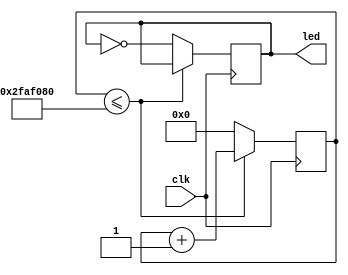
module lect7_q2 (input clk, output reg led);
	parameter MAX_COUNT = 50000000;	// 1Hz. clk on FPGA board is 50 MHz
	
	reg [25:0]count = 0;
	
	always @ (posedge clk) begin
		if (count <= MAX_COUNT) begin
			count <= count + 1;
		end 
		else begin
			count <= 0;		// Reset clk count
			led <= ~led;
		end
	end
	
endmodule